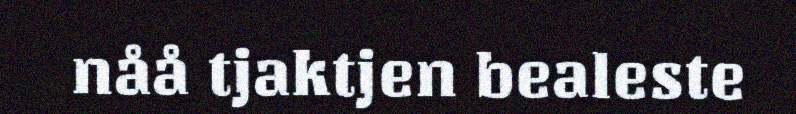
nåå tjaktjen bealeste